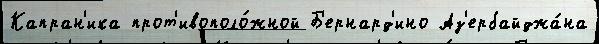
Капран'ика прот'ивополо́жной Б'ернард'ино Аз'ербайджа́на